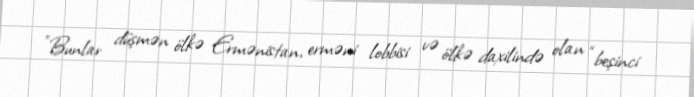
"Bunlar düşmən ölkə Ermənistan, erməni lobbisi və ölkə daxilində olan “beşinci